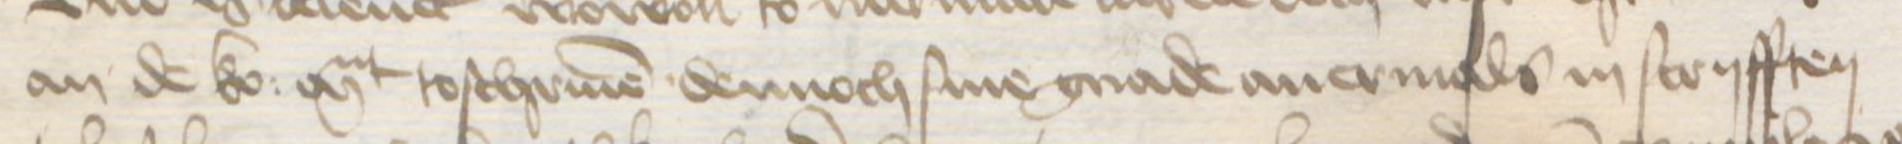
an de ko: Mt toschriuen dennoch sine gnade auermals in scryfften